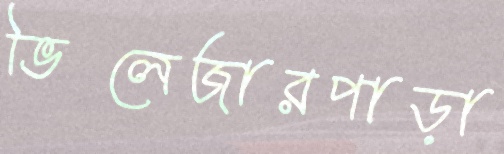
ভিলেজারপাড়া